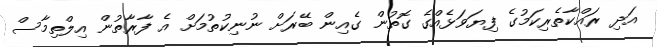
އަދި ރައްކާތެރިކަމުގެ ފިޔަަވަޅެއްގެ ގޮތުން ގެއިން ބޭރަށް ނުނިކުތުމަށް އެ ފާރާތުން އިލްތިމާސް